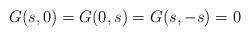
LaTeX: \begin{align*}G(s, 0) = G(0, s) = G(s, -s) = 0\end{align*}